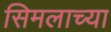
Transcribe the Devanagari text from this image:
सिमलाच्या